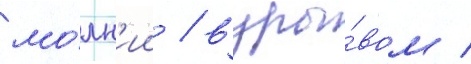
мо́лн'ии / взры́вом /